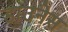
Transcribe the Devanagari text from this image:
डाउनेस